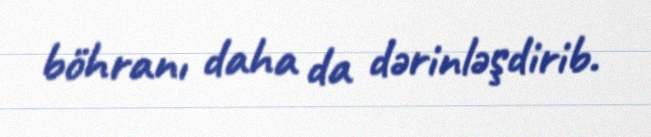
böhranı daha da dərinləşdirib.